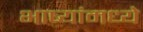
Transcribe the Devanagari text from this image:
भाष्यांमध्ये